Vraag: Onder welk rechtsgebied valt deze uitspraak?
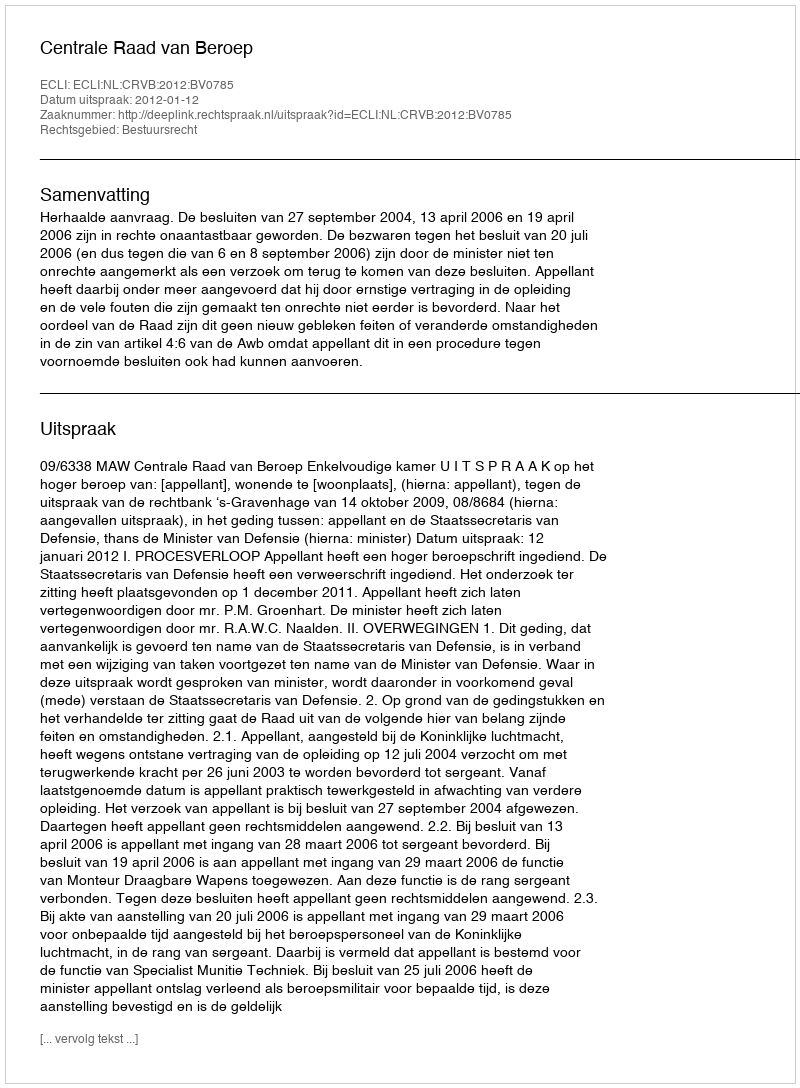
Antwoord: Bestuursrecht